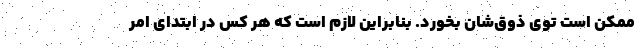
ممکن است توی ذوق‌شان بخورد. بنابراین لازم است که هر کس در ابتدای امر